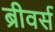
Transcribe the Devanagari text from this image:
ब्रीवर्स